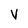
Character: V